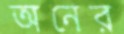
অনের